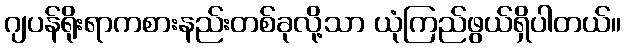
ဂျပန်ရိုးရာကစားနည်းတစ်ခုလို့သာ ယုံကြည်ဖွယ်ရှိပါတယ်။